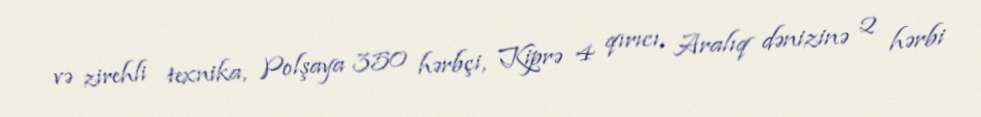
və zirehli texnika, Polşaya 350 hərbçi, Kiprə 4 qırıcı, Aralıq dənizinə 2 hərbi